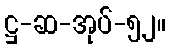
ဋ္ဌ-ဆ-အုပ်-၅၂။